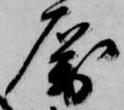
属